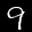
Label: 9